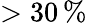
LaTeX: >30\, \%